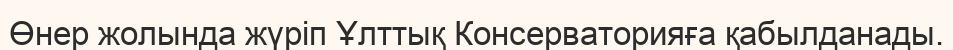
Өнер жолында жүріп Ұлттық Консерваторияға қабылданады.